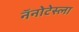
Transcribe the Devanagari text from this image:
नॅनोटेस्ला